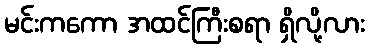
မင်းကကော အထင်ကြီးစရာ ရှိလို့လား